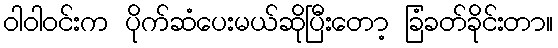
ဝါဝါဝင်းက ပိုက်ဆံပေးမယ်ဆိုပြီးတော့ ခြံခတ်ခိုင်းတာ။